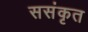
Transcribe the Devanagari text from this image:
ससंकृत